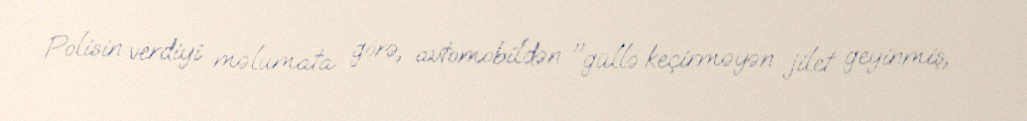
Polisin verdiyi məlumata görə, avtomobildən "güllə keçirməyən jilet geyinmiş,